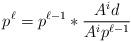
LaTeX: \begin{align*}p^{\ell} = p^{\ell-1} \ast \frac{A^{i}d}{A^{i}p^{\ell-1}} \end{align*}